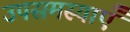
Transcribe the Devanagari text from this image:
उपसमस्याएँ